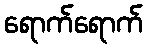
ရောက်ရောက်